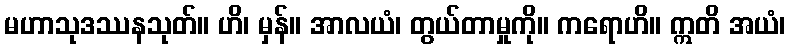
မဟာသုဒဿနသုတ်။ ဟိ၊ မှန်။ အာလယံ၊ တွယ်တာမှုကို။ ကရောဟိ။ ဣတိ အယံ၊